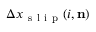
\Delta x _ { \mathrm { ~ s ~ l ~ i ~ p ~ } } ( i , \mathbf { n } )